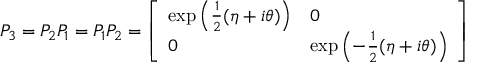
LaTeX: P _ { 3 } = P _ { 2 } P _ { 1 } = P _ { 1 } P _ { 2 } = { \left[ \begin{array} { l l } { \exp \left( { \frac { 1 } { 2 } } ( \eta + i \theta ) \right) } & { 0 } \\ { 0 } & { \exp \left( - { \frac { 1 } { 2 } } ( \eta + i \theta ) \right) } \end{array} \right] }